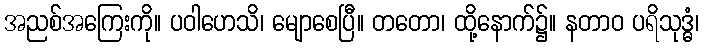
အညစ်အကြေးကို။ ပဝါဟေသိ၊ မျောစေပြီ။ တတော၊ ထို့နောက်၌။ နတာဝ ပရိသုဒ္ဓံ၊